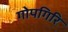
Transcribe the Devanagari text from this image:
गोपगिरि